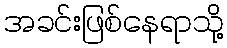
အခင်းဖြစ်နေရာသို့